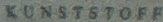
KUNSTSTOFF